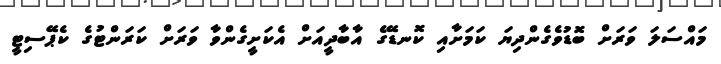
މައްސަލަ ވަރަށް ބޮޑުވެގެންދިޔަ ކަމަށާއި ކޮނޑޭގެ އާބާދީއަށް އެކަށީގެންވާ ވަރަށް ކަރަންޓުގެ ކެޕޭސިޓީ